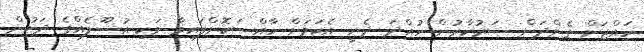
ހައްޖަށް ގެންދަން ސަރުކާރުން ހުއްދަ ދެނީ އެކަމަށް ހާއްސަކޮށްފައިވާ ވަކި އުސޫލެއްގެ ދަށުން